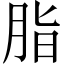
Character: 脂